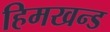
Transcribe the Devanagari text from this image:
हिमखन्ड